Problem: 8 × 5 = ?
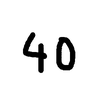
Handwritten answer: 40